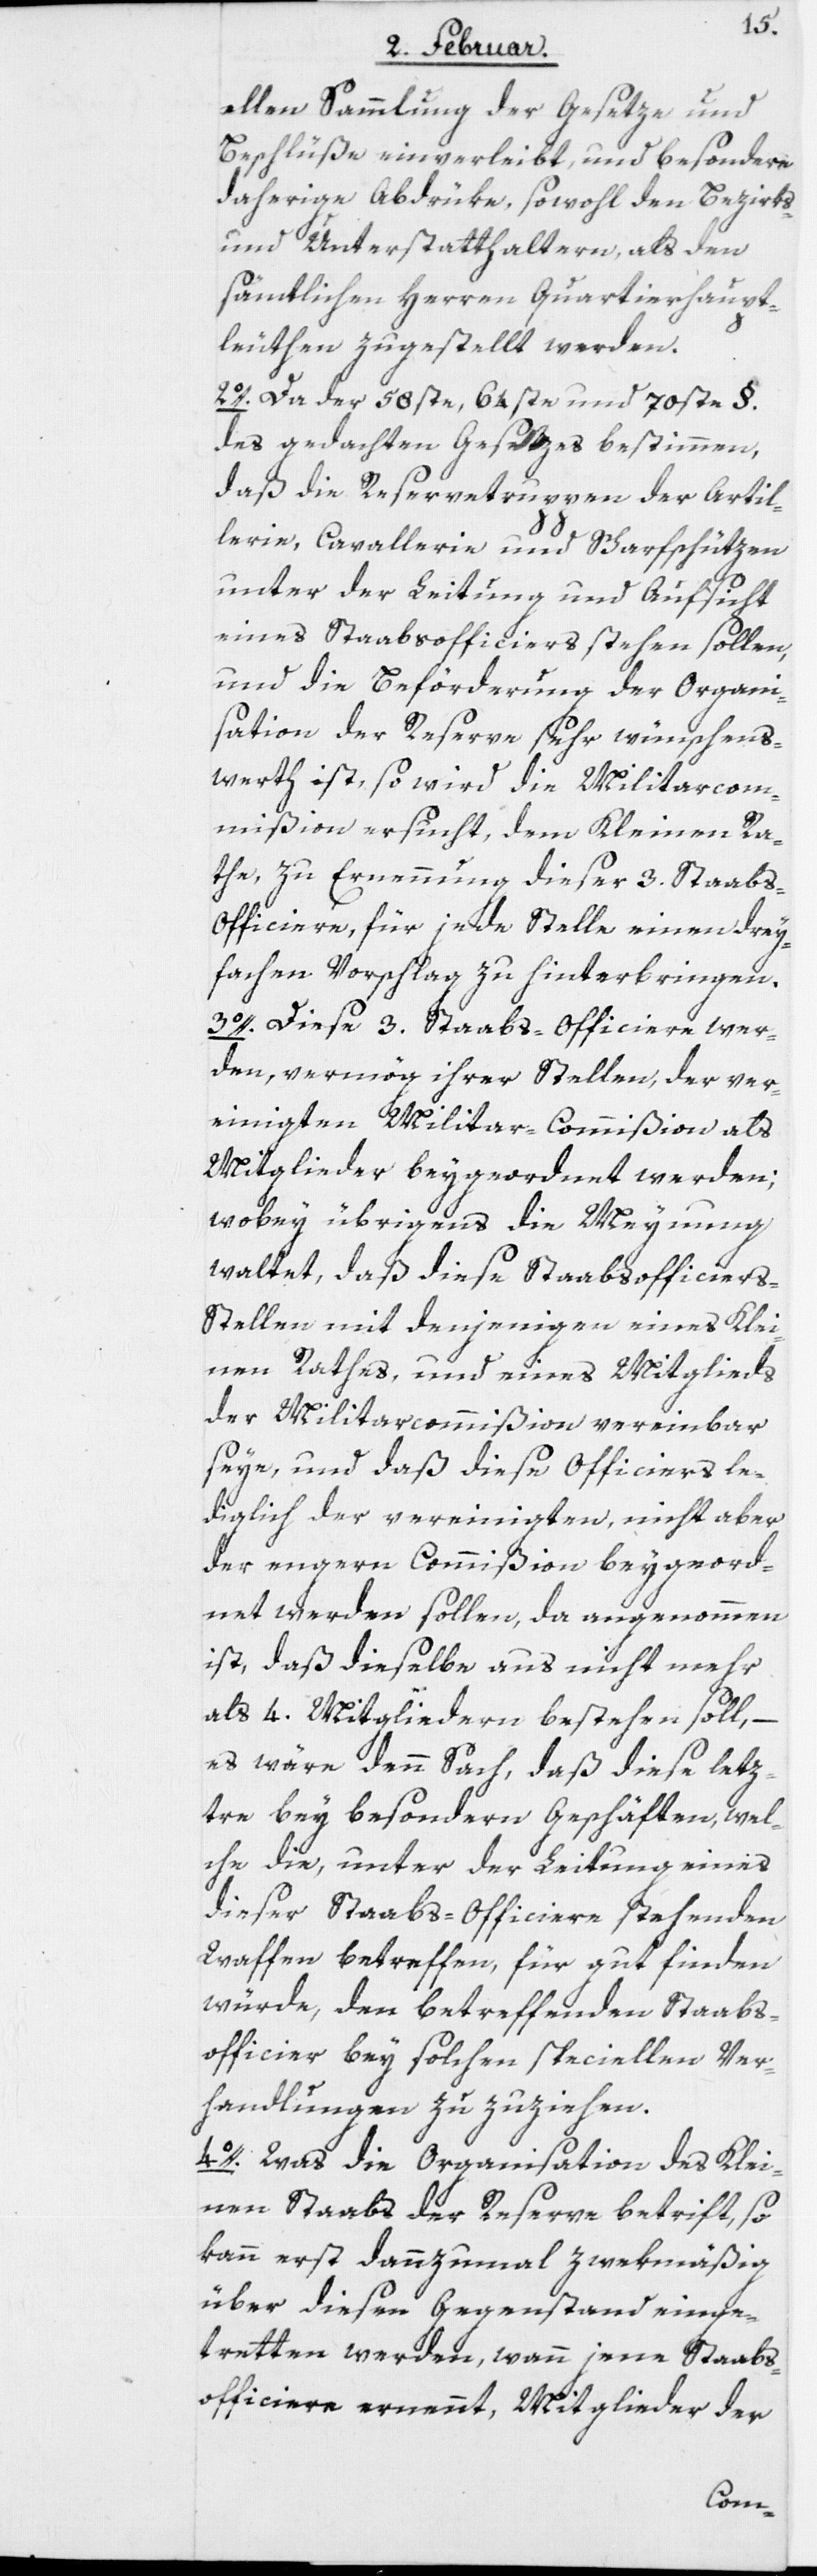
ellen Sammlung der Gesetze und
Beschlüße einverleibt, und besondere
daherige Abdrüke, sowohl den Bezirks-
und Unterstatthaltern, als den
sämtlichen Herren Quartierhaupt¬
leuthen zugestellt werden.
2o. Da der 58ste, 64ste und 70ste §.
des gedachten Gesetzes bestimmen,
daß die Reservetruppen der Artil¬
lerie, Cavallerie und Scharfschützen
unter der Leitung und Aufsicht
eines Staabsofficiers stehen sollen,
und die Beförderung der Organi¬
sation der Reserve sehr wünschens¬
werth ist, so wird die Militarcom¬
mißion ersucht, dem Kleinen Ra¬
the, zu Ernennung dieser 3. Staabs-O¬
fficiere, für jede Stelle einen drey¬
fachen Vorschlag zu hinterbringen.
3o. Diese 3. Staabs-Officiere wer¬
den, vermög ihrer Stellen, der ver¬
einigten Militar-Commißion als
Mitglieder beygeordnet werden;
wobey übrigens die Meynung
waltet, daß diese Staabsofficier¬
s-Stellen mit denjenigen eines Klei¬
nen Rates, und eines Mitglieds
der Militarcommißion vereinbar
seye, und daß diese Officiers le¬
diglich der vereinigten, nicht aber
der engern Commißion beygeord¬
net werden sollen, da angenommen
ist, daß dieselbe aus nicht mehr
als 4. Mitgliedern bestehen soll, –
es wäre denn Sach, daß diese letz¬
tre bey besondern Geschäften, wel¬
che die, unter der Leitung eines
dieser Staabs-Officiere stehenden
Waffen betreffen, für gut finden
würde, den betreffenden Staabs¬
officier bey solchen speciellen Ver¬
handlungen zuzuziehen.
4o. Was die Organisation des Klei¬
nen Staabs der Reserve betrift, so
kann erst dannzumal zwekmäßig
über diesen Gegenstand einge¬
tretten werden, wann jene Staabs¬
officiere ernennt, Mitglieder der